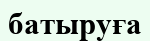
батыруға